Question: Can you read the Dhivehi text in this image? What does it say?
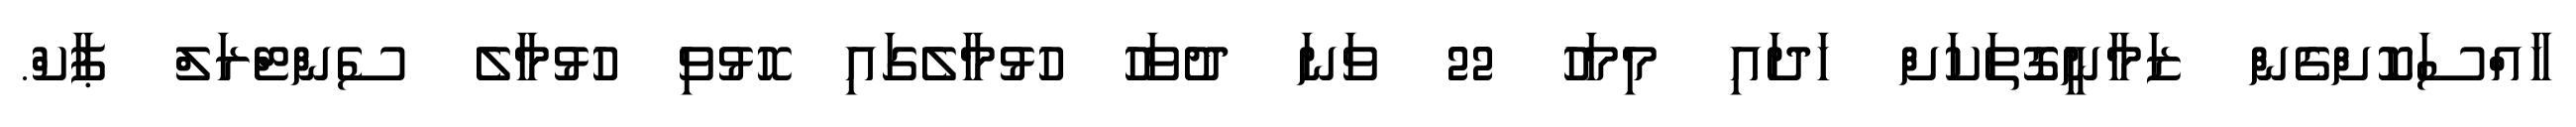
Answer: ހާއްސަކޮށްގެން ޒަމާނީގޮތަކަށް ހަދައި މިމަހު 22 ވަނަ ދުވަހު ހުޅުމާލެގައި ހޮޅުވި ހުޅުމާލެ ސެންޓްރަލް ޕާކް.